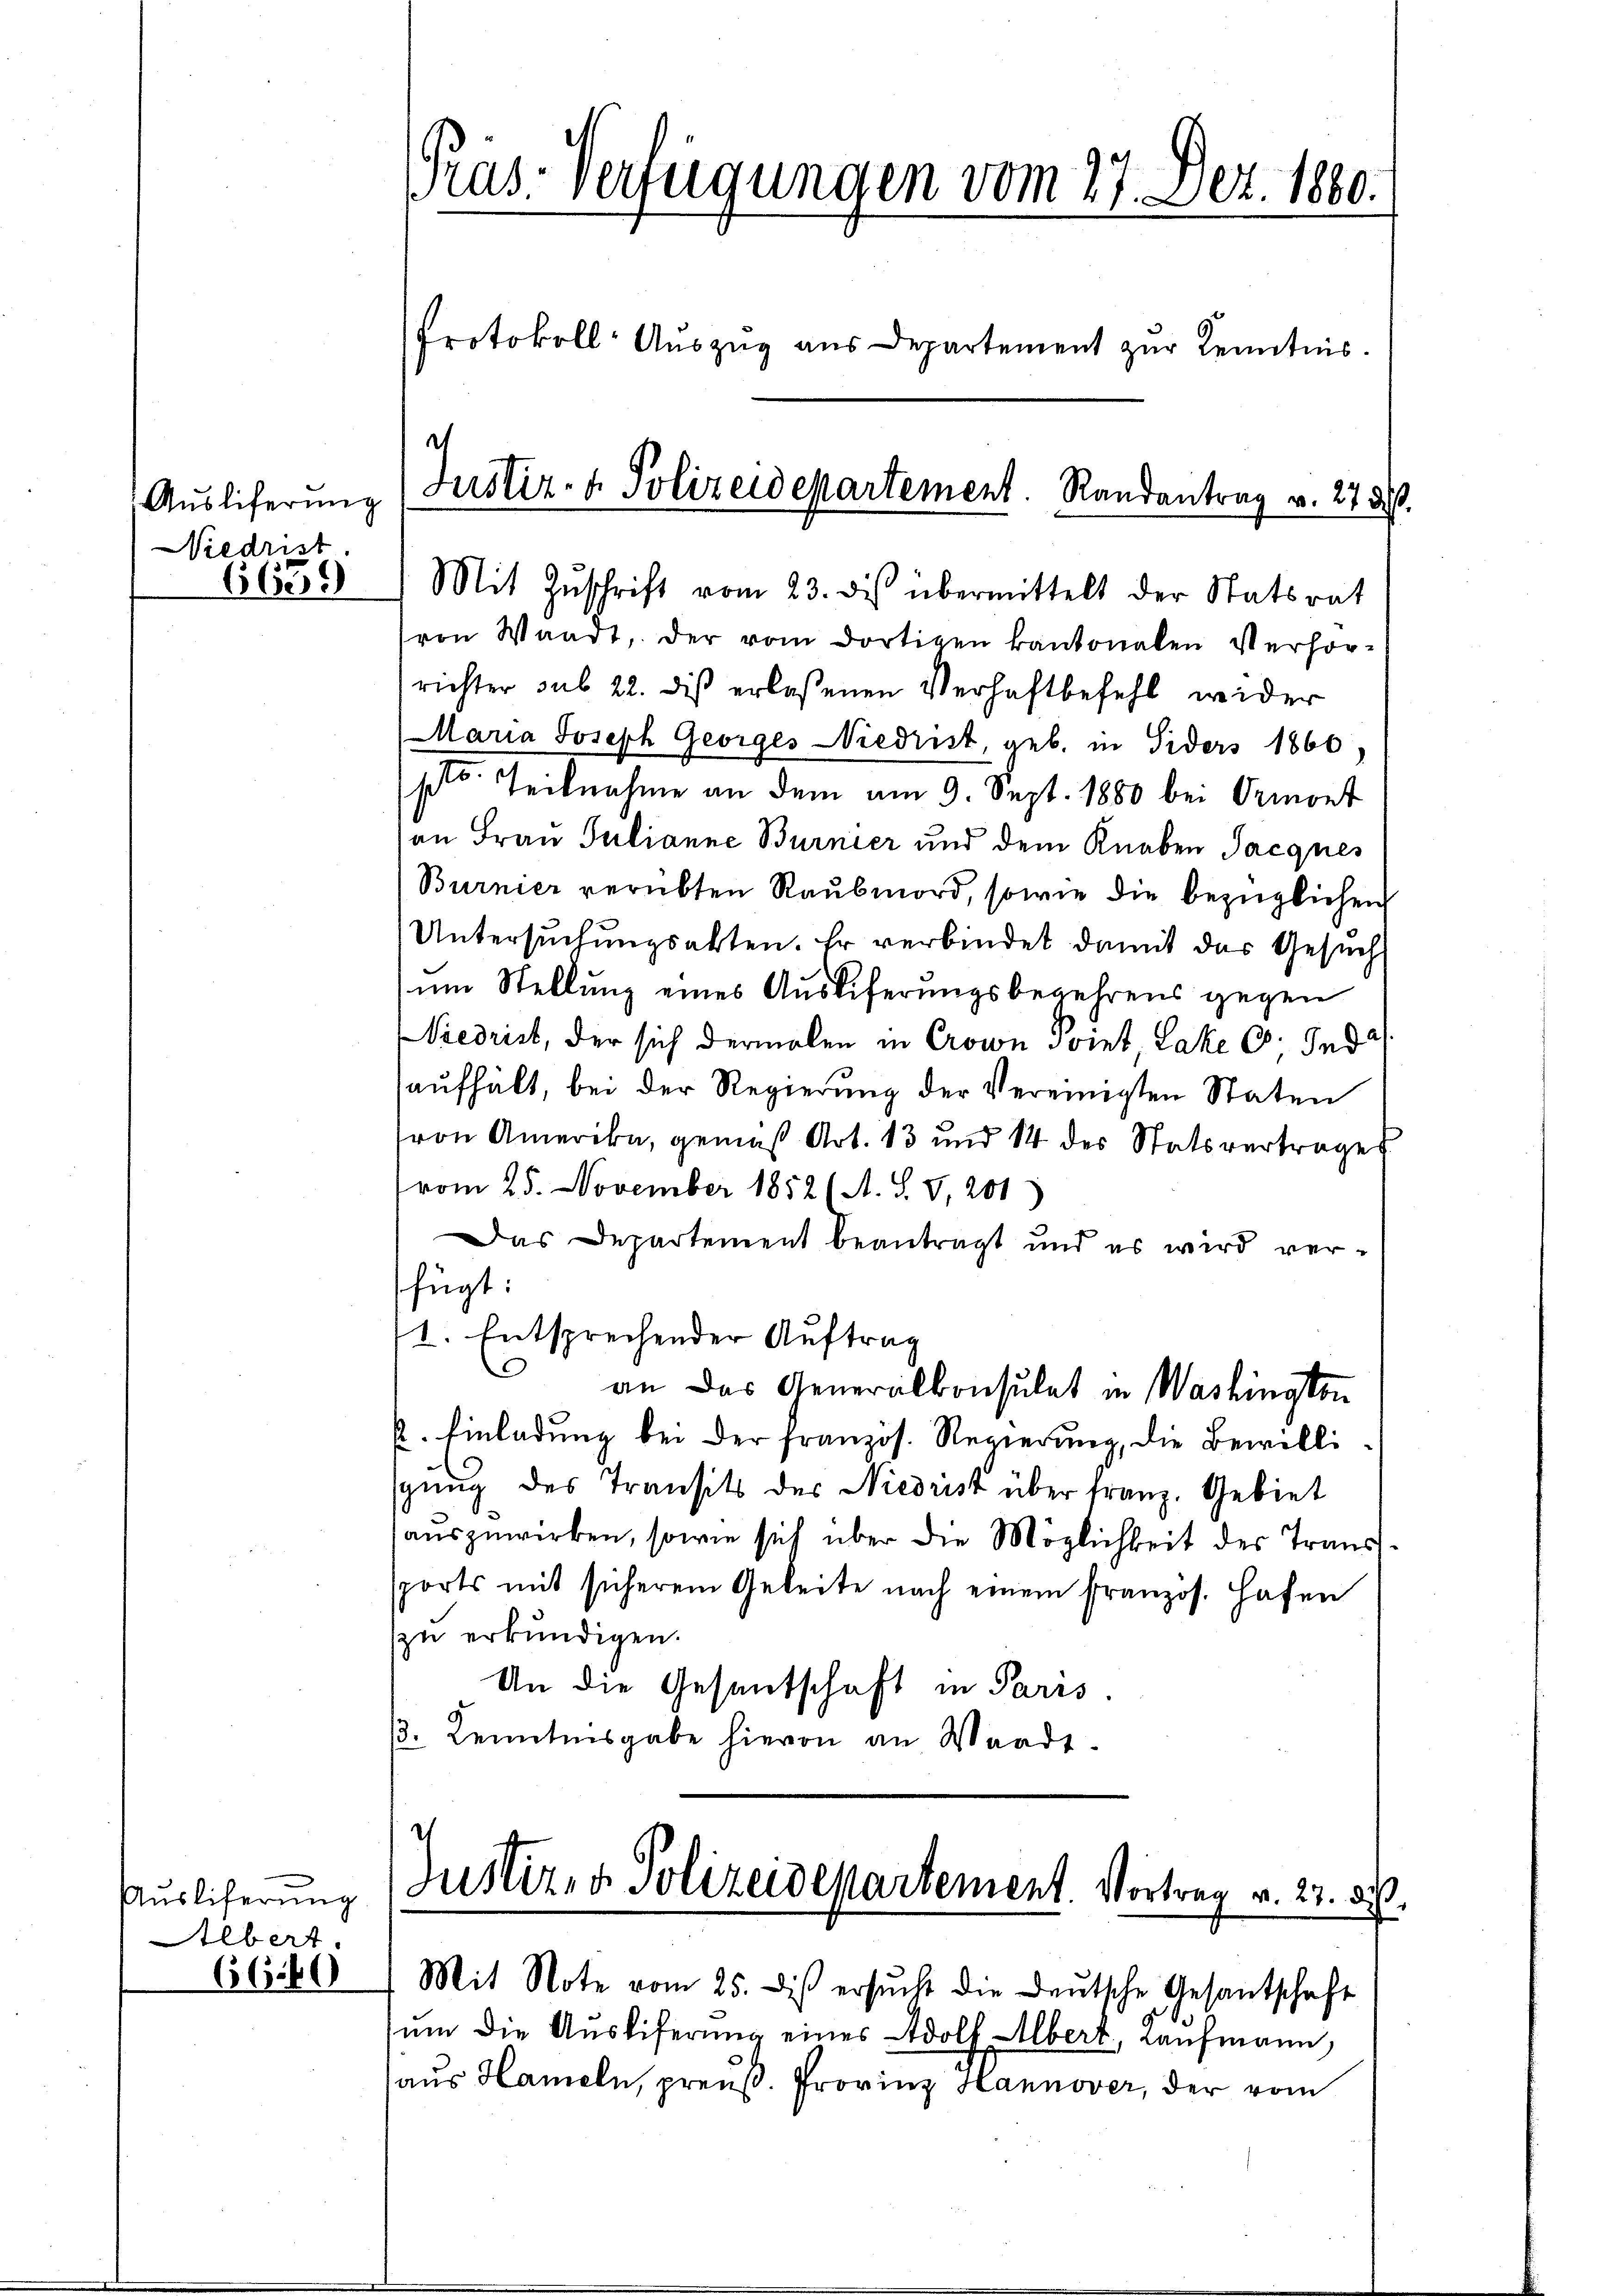
Auslieferung
Niedrist

Ausliferung
Albert.
6660

6639) Mit Zŭschrift vom 23. des übermittelt der Statsrat
von Waadt, der vom dortigen kantonalen Verhör-
richter sub 22. dis erlassenen Verhaftbefehl wider
Maria Joseph Georges Niedrist, geb. in Siders 1860)
st Teilnahme an dem am 9. Sept. 1880 bei Ormont
an Frau Julianne Burnier und dem Knaben Jacqnes
Burnier verübten Raubmord, sowie die bezüglichen
Untersuchungsakten. Er verbindet damit das Gesuch
um Stellung eines Ausliferungsbegehrens gegen
Niedrist, der sich dermalen in Crown Point, Lake 6; Ind
aufhält, bei der Regierung der Vereinigten Staten
(von Amerika, gemäß Art. 13 und 14 des Statsvertrages
vom 25. November 1852 (A. S. S. 201)
Das Departement beantragt und es wird verfügt:
1. Entsprechender Auftrag
an das Generalkonsulat in Washington
E. Einladung bei der französ. Regierung, die Bewilligŭng des Transit des Niedrist über franz. Gebiet
auszuwirken, sowie sich über die Möglichkeit des Transt
sports mit sicherem Geleite nach einem französ. Hafen
zu erkundigen.
An die Gesantschaft in Paris.
3. Kenntnisgabe hievon an Waadt.

Pras-Verfügungen vom 17. Letz. 1880.
Protokoll-Auszug aus Departement zur Kenntnis.

Justiz- & Polizeidepartement. Randantrag v. 27 des

Justiz- & Polizeidepartement. Vortrag v. 27. d.
Mit Note vom 25. dis ersŭcht die Deutsche Gesantschaft

ŭm die Ausliferung eines Adolf Albert, Kaufmann,
aus Hameln, preuß. Provinz Hannover, der vom